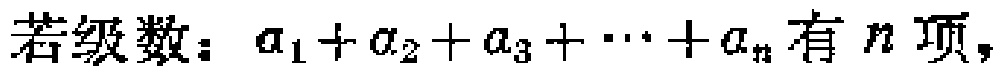
若级数：\(a_{1}+a_{2}+a_{3}+\cdots +a_{n}\)有\(n\)项，